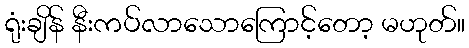
ရုံးချိန် နီးကပ်လာသောကြောင့်တော့ မဟုတ်။